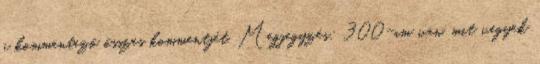
a kommentező összes kommentjét. Megjegyzés: 300-am van, mit vegyek